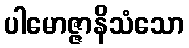
ပါမောဇ္ဇာနိသံသော